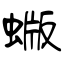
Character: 蝂